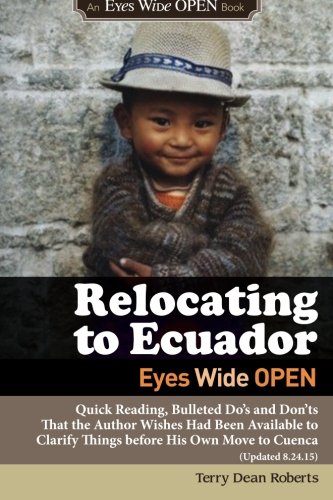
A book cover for Relocating to Ecuador - Eyes Wide OPEN: Quick Reading, Bulleted Do's and Don'ts That the Author Wishes Had Been Available to Clarify Things before His Own Move to Cuenca (Updated 8.24.15); Terry Dean Roberts; Travel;